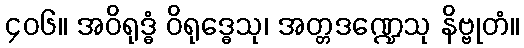
၄၀၆။ အဝိရုဒ္ဓံ ဝိရုဒ္ဓေသု၊ အတ္တဒဏ္ဍေသု နိဗ္ဗုတံ။